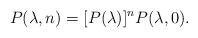
LaTeX: \begin{align*}P(\lambda,n)= [P(\lambda)]^n P(\lambda,0).\end{align*}